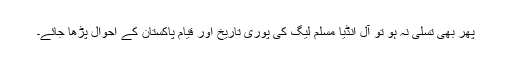
پھر بھی تسلی نہ ہو تو آل انڈیا مسلم لیگ کی پوری تاریخ اور قیام پاکستان کے احوال پڑھا جائے۔